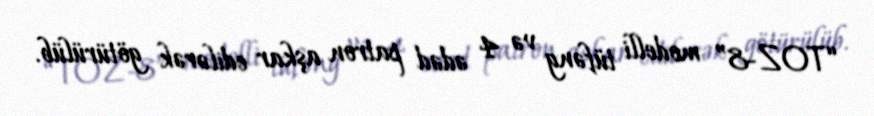
“TOZ-8” modelli tüfəng və 4 ədəd patron aşkar edilərək götürülüb.